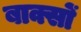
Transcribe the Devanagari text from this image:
बाक्सों